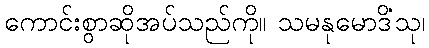
ကောင်းစွာဆိုအပ်သည်ကို။ သမနုမောဒိံသု၊